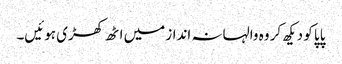
پاپا کو دیکھ کر وہ والہانہ انداز میں اٹھ کھڑی ہوئیں۔